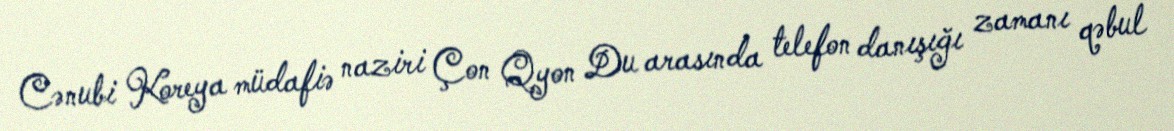
Cənubi Koreya müdafiə naziri Çon Qyon Du arasında telefon danışığı zamanı qəbul